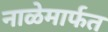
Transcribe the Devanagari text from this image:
नाळेमार्फत